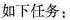
如下任务：